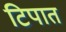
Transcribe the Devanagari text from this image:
टिपात